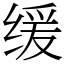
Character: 缓